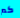
كم